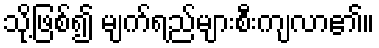
သို့ဖြစ်၍ မျက်ရည်များစီးကျလာ၏။